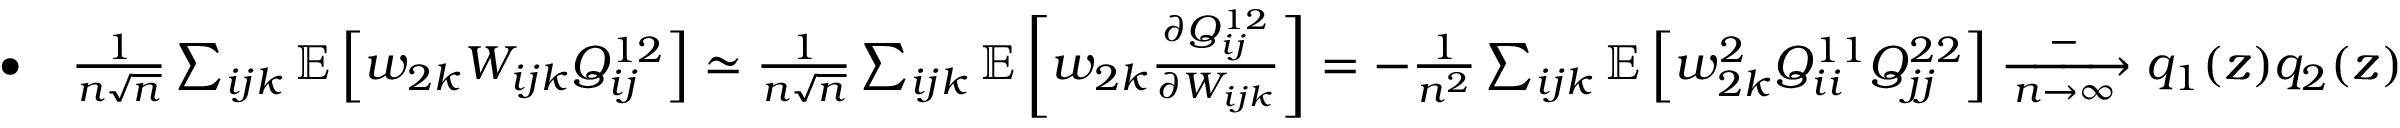
\begin{array} { r } { \bullet \quad \frac { 1 } { n \sqrt n } \sum _ { i j k } \mathbb { E } \left[ w _ { 2 k } W _ { i j k } Q _ { i j } ^ { 1 2 } \right] \simeq \frac { 1 } { n \sqrt n } \sum _ { i j k } \mathbb { E } \left[ w _ { 2 k } \frac { \partial Q _ { i j } ^ { 1 2 } } { \partial W _ { i j k } } \right] = - \frac { 1 } { n ^ { 2 } } \sum _ { i j k } \mathbb { E } \left[ w _ { 2 k } ^ { 2 } Q _ { i i } ^ { 1 1 } Q _ { j j } ^ { 2 2 } \right] \xrightarrow [ n \to \infty ] - q _ { 1 } ( z ) q _ { 2 } ( z ) } \end{array}